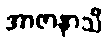
အာဇာနာသိ